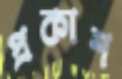
প্রকাশ